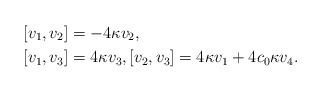
LaTeX: \begin{align*}&[v_1, v_2]=-4\kappa v_2,\\&[v_1, v_3]=4\kappa v_3, [v_2, v_3]=4\kappa v_1+4c_0 \kappa v_4.\end{align*}